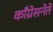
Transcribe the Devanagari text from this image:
काँग्रेसनेते